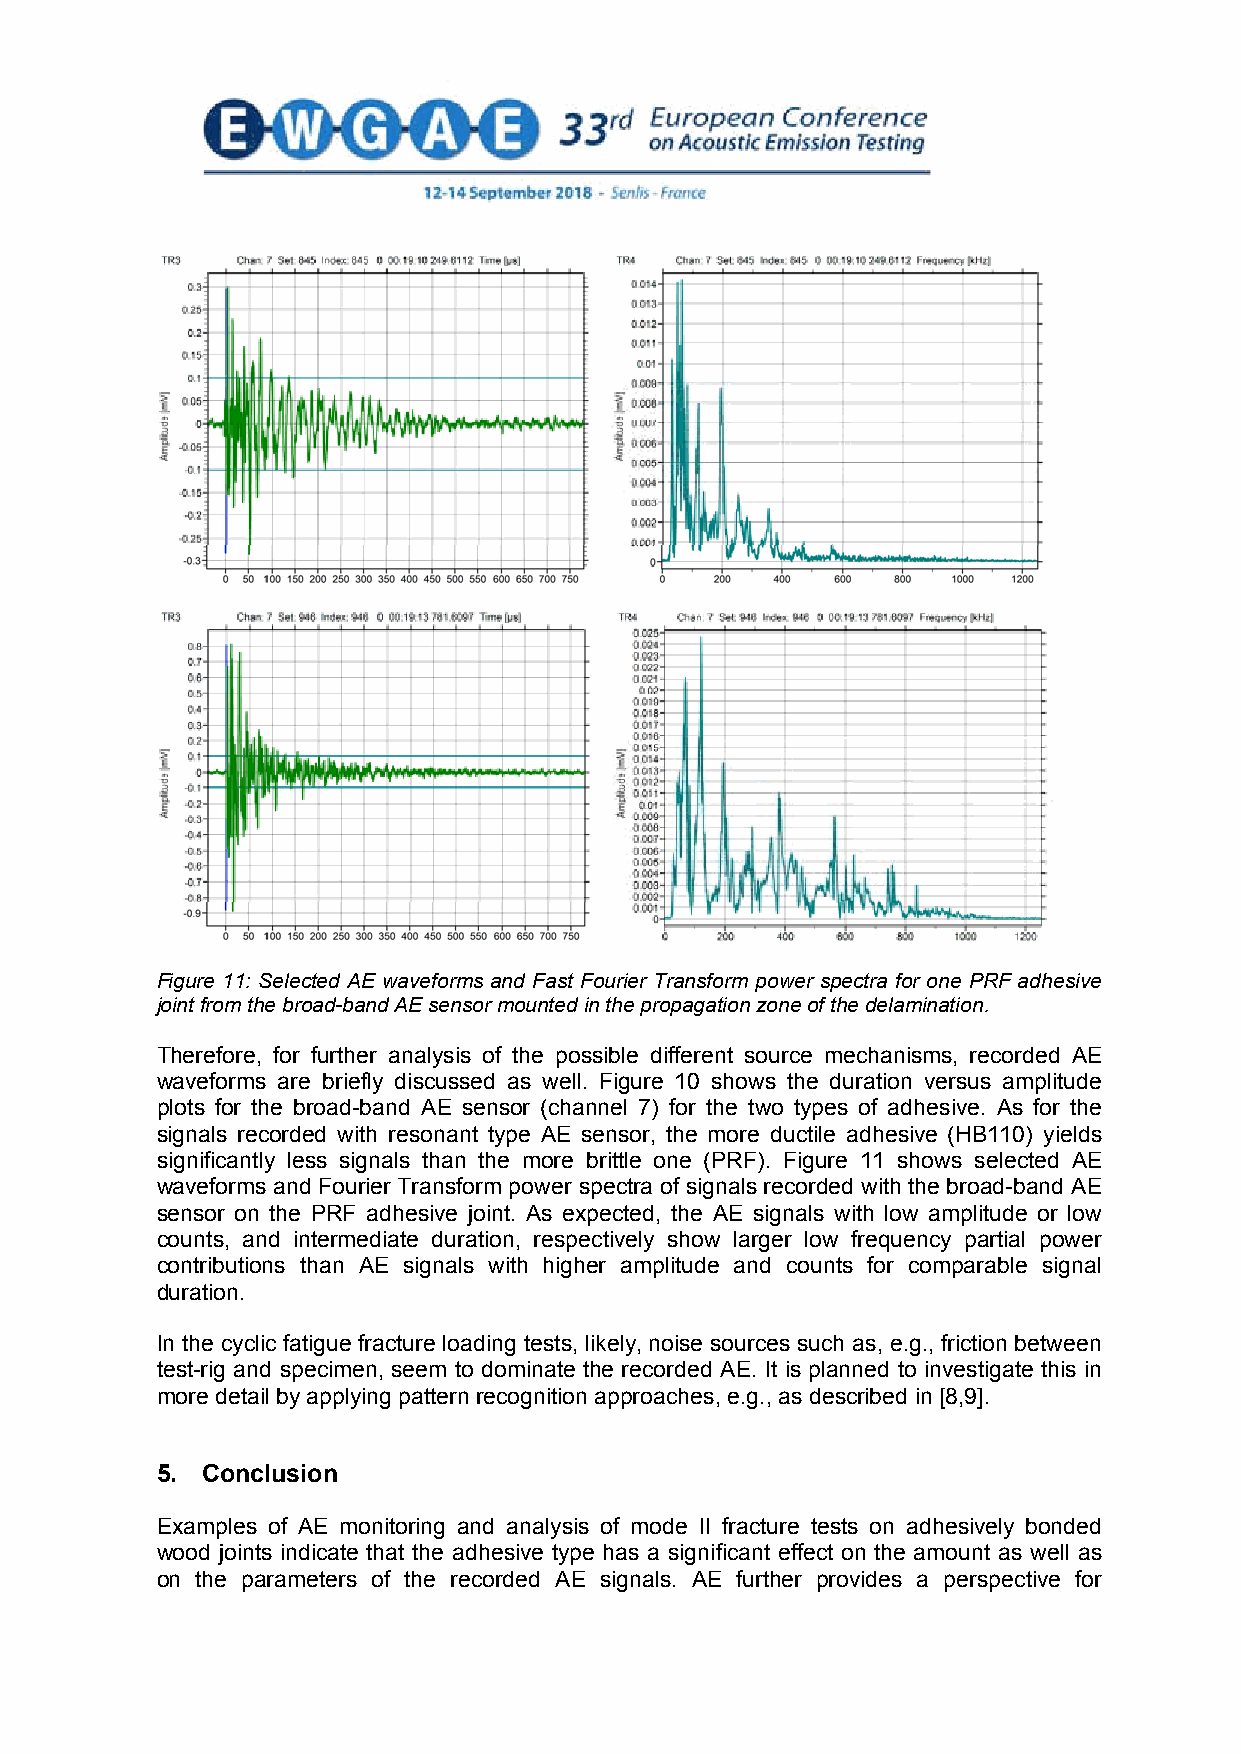
Figure 11: Selected AE waveforms and Fast Fourier Transform power spectra for one PRF adhesive
 joint from the broad-band AE sensor mounted in the propagation zone of the delamination.
 Therefore, for further analysis of the possible different source mechanisms, recorded AE
 waveforms are briefly discussed as well. Figure 10 shows the duration versus amplitude
 plots for the broad-band AE sensor (channel 7) for the two types of adhesive. As for the
 signals recorded with resonant type AE sensor, the more ductile adhesive (HB110) yields
 significantly less signals than the more brittle one (PRF). Figure 11 shows selected AE
 waveforms and Fourier Transform power spectra of signals recorded with the broad-band AE
 sensor on the PRF adhesive joint. As expected, the AE signals with low amplitude or low
 counts, and intermediate duration, respectively show larger low frequency partial power
 contributions than AE signals with higher amplitude and counts for comparable signal
 duration.
 In the cyclic fatigue fracture loading tests, likely, noise sources such as, e.g., friction between
 test-rig and specimen, seem to dominate the recorded AE. It is planned to investigate this in
 more detail by applying pattern recognition approaches, e.g., as described in [8,9].
 5. Conclusion
 Examples of AE monitoring and analysis of mode II fracture tests on adhesively bonded
 wood joints indicate that the adhesive type has a significant effect on the amount as well as
 on the parameters of the recorded AE signals. AE further provides a perspective for
 9